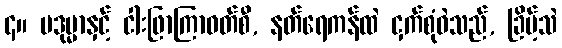
၄။ ပဒုမ္မာနှင့် ငါးဖြာကြာဝတ်စီ, နတ်ရေကန်ထဲ ငှက်စုံဝဲသည်, ခြိမ့်သဲ